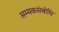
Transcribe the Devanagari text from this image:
सम्यकसंबोधि